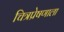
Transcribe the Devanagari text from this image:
चित्रप्रेषणाला